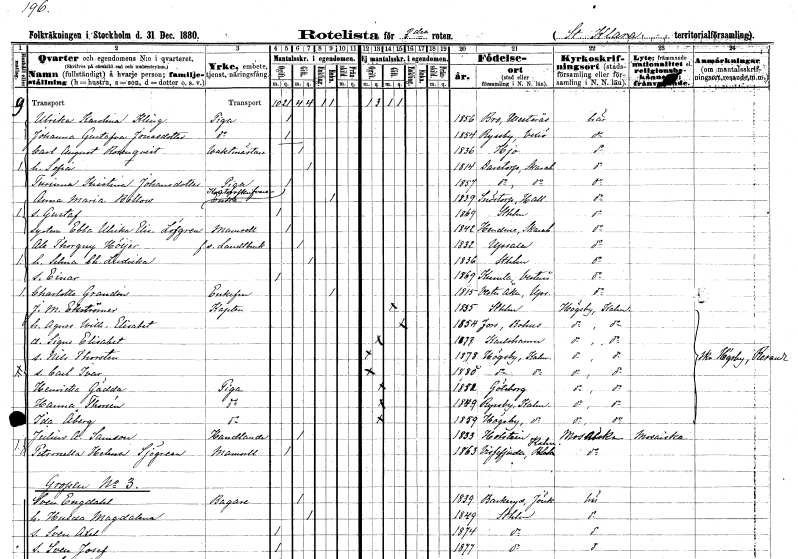
gt_parse: households: individuals: FN: Ulrika Karolina
EN: Kling
YRKE: Piga
KON: K
CIV: O
FODAR: 1856
FODFORS: Bro Västmanlands län
FN: Johanna Gustafva
EN: Jonasdotter
YRKE: Piga
KON: K
CIV: O
FODAR: 1854
FODFORS: Ryssby Kronobergs län
FN: Carl August
EN: Rosenqvist
YRKE: Vaktmästare
KON: M
CIV: G
FODAR: 1836
FODFORS: Hjo Skaraborgs län
FN: Sofia
KON: K
CIV: G
FODAR: 1814
FODFORS: Daretorp Skaraborgs län
FN: Turinna Kristina
EN: Johansdotter
YRKE: Piga
KON: K
CIV: O
FODAR: 1857
FODFORS: Daretorp Skaraborgs län
FN: Anna Maria
EN: Billow
YRKE: Kontorsskrivareänka
KON: K
CIV: E
FODAR: 1839
FODFORS: Snöstorp Hallands län
FN: Gustaf
KON: M
CIV: O
FODAR: 1869
FODFORS: Stockholm
FN: Ebba Ulrika Elisabet
EN: Löfgren
KON: K
CIV: O
FODAR: 1842
FODFORS: Händene Skaraborgs län
FN: Ale Thorgny
EN: Höijer
YRKE: Lantbrukare f.d.
KON: M
CIV: G
FODAR: 1832
FODFORS: Uppsala Uppsala län
FN: Selma Charlotta Ludvika
KON: K
CIV: G
FODAR: 1836
FODFORS: Stockholm
FN: Einar
KON: M
CIV: O
FODAR: 1869
FODFORS: Kumla Västmanlands län
FN: Charlotta
EN: Grandin
KON: K
CIV: E
FODAR: 1815
FODFORS: Västeråker Uppsala län
FN: Johan Melker
EN: Ekströmer
YRKE: Kapten
KON: M
CIV: G
FODAR: 1835
FODFORS: Stockholm
FN: Agnes Wilhelmina Elisabet
KON: K
CIV: G
FODAR: 1854
FODFORS: Foss Göteborgs- och Bohuslän
FN: Signe Elisabet
KON: K
CIV: O
FODAR: 1877
FODFORS: Karlshamn Blekinge län
FN: Nils Thorsten
KON: M
CIV: O
FODAR: 1878
FODFORS: Högsby Kalmar län
FN: Carl Ivar
KON: M
CIV: O
FODAR: 1880
FODFORS: Högsby Kalmar län
FN: Henrietta
EN: Gädda
YRKE: Piga
KON: K
CIV: O
FODAR: 1852
FODFORS: Göteborg Göteborgs- och Bohuslän
FN: Hanna
EN: Thorsén
YRKE: Piga
KON: K
CIV: O
FODAR: 1849
FODFORS: Ryssby Kalmar län
FN: Ida
EN: Åberg
YRKE: Piga
KON: K
CIV: O
FODAR: 1859
FODFORS: Högsby Kalmar län
FN: Julius A.
EN: Samson
YRKE: Handlande
KON: M
CIV: G
FODAR: 1833
FN: Petronella Helena
EN: Sjögren
KON: K
CIV: O
FODAR: 1863
FODFORS: Vissefjärda Kalmar län